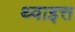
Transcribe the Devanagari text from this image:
थ्वाइत्त